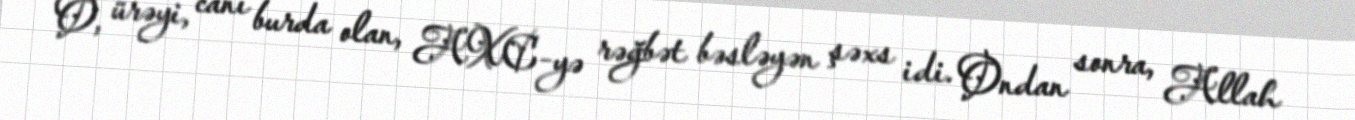
O, ürəyi, canı burda olan, AXC-yə rəğbət bəsləyən şəxs idi. Ondan sonra, Allah